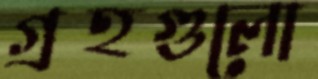
গ্রহগুলো